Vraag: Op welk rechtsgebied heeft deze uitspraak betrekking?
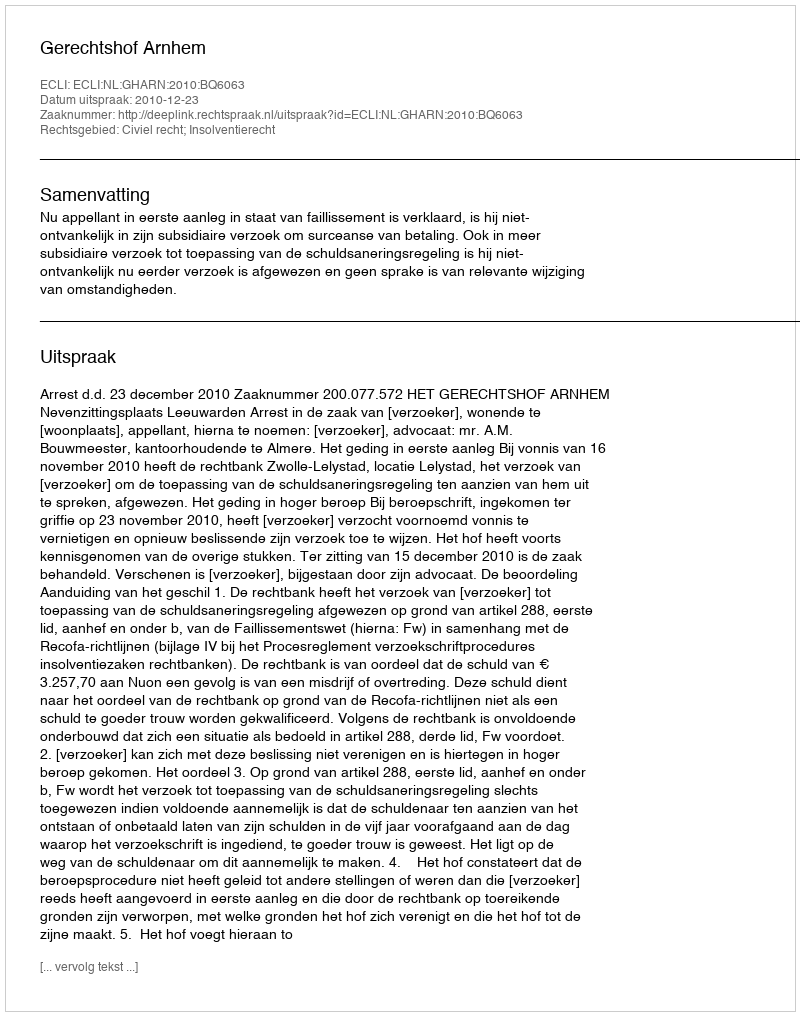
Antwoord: Civiel recht; Insolventierecht